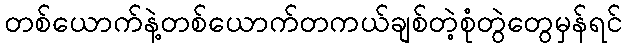
တစ်ယောက်နဲ့တစ်ယောက်တကယ်ချစ်တဲ့စုံတွဲတွေမှန်ရင်